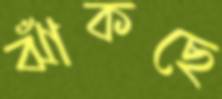
ঝাঁকছে